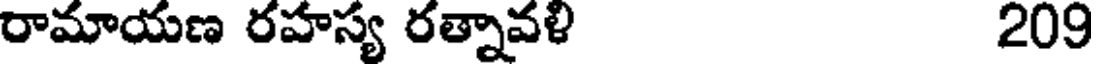
రామాయణ రహస్య రత్నావళి 209